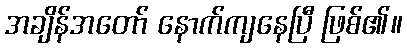
အချိန်အတော် နောက်ကျနေပြီ ဖြစ်၏။